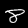
Label: 8